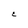
Character: E